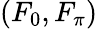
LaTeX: (F_{0},F_{\pi})